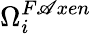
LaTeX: \Omega_{i}^{F\mathscr{A}xen}